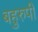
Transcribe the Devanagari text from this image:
बहुरुपी